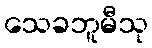
သေခဘူမီသု